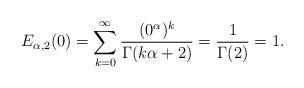
LaTeX: \begin{align*}E_{\alpha, 2}(0) = \sum_{k=0}^{\infty}\frac{(0^\alpha)^k}{\Gamma(k \alpha + 2)} = \frac{1}{\Gamma(2)} = 1.\end{align*}